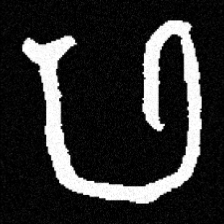
Pyu character \u2014 Myanmar letter: ဖ (romanized: pha)